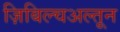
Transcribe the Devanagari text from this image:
ज़िबिल्चअल्तून